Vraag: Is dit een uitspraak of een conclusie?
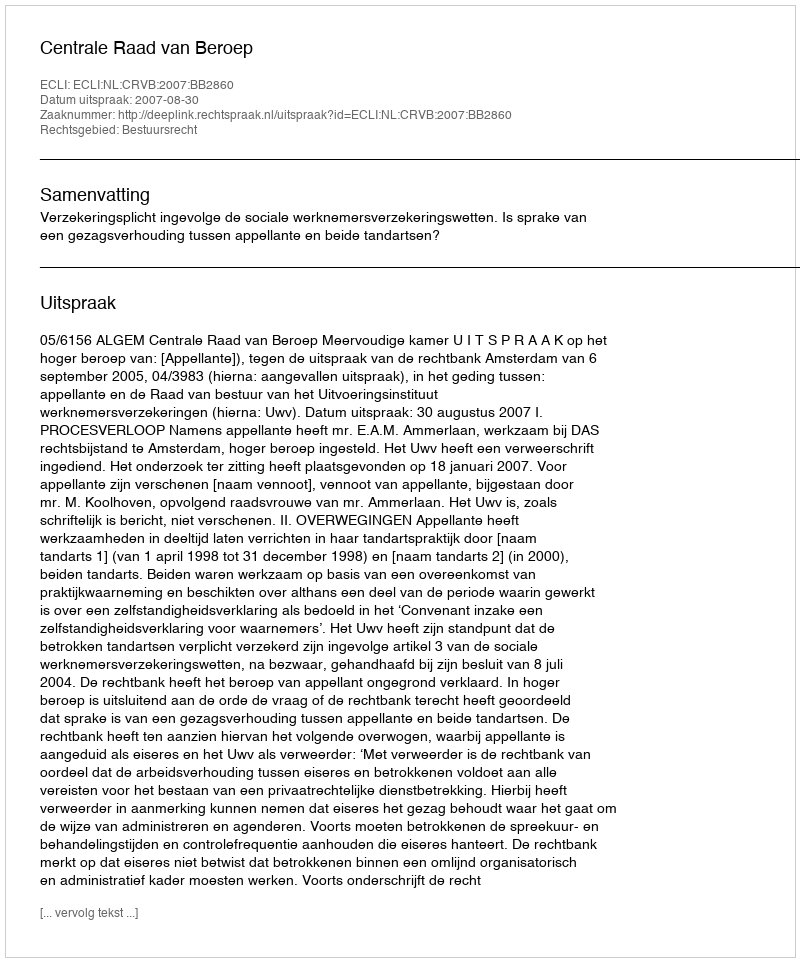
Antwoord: Uitspraak